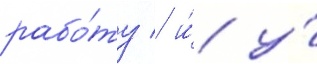
рабо́ту / и́ у́